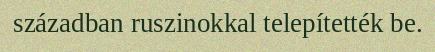
században ruszinokkal telepítették be.